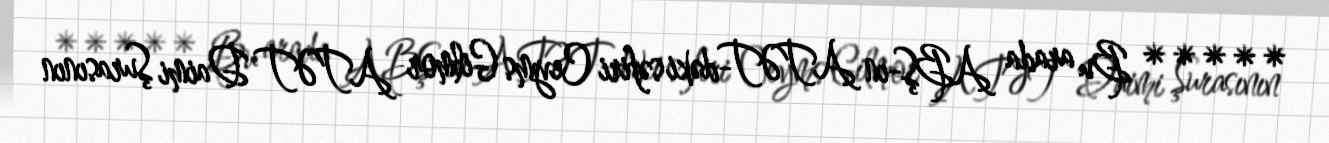
***** Bu arada ABŞ-ın ATƏT-dəki səfiri Ceyms Gilmor ATƏT Daimi Şurasının